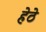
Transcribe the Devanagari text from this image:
हेठे